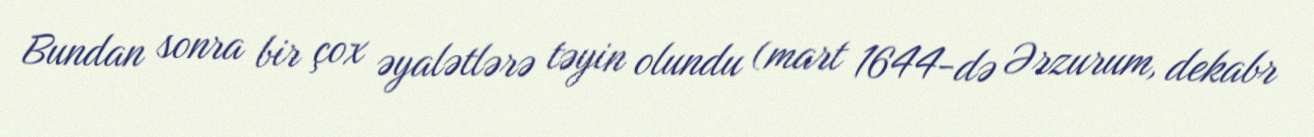
Bundan sonra bir çox əyalətlərə təyin olundu (mart 1644-də Ərzurum, dekabr